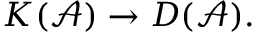
K ( { \mathcal { A } } ) \rightarrow D ( { \mathcal { A } } ) .